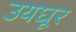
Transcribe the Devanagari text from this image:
उयघूर